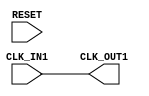
`timescale 1ns / 1ps

module gen_Clk25M  (
	 	input CLK_IN1,
		input RESET,
		output CLK_OUT1
   );

assign CLK_OUT1=CLK_IN1;

endmodule